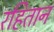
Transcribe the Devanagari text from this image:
रहितान